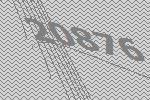
20876